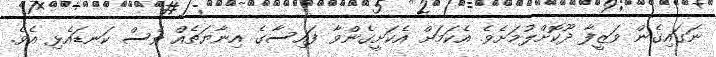
ނަގައިގެން ވަޒީފާ ދޫކޮށްލުމަށެވެ. އެކަމަށް އެކަށީގެންވާ ފައިސާގެ އިނާޔަތެއް ވެސް ކަނޑައެޅި އެވެ.